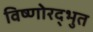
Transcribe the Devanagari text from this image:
विष्णोरद्भुत